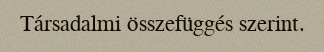
Társadalmi összefüggés szerint.